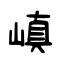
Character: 嵮